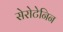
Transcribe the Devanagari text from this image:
सेरोटेनिन